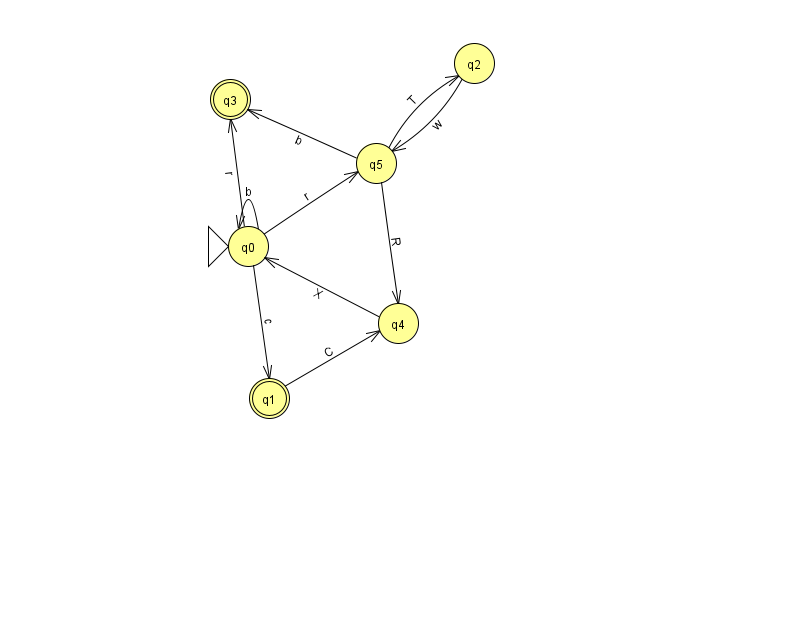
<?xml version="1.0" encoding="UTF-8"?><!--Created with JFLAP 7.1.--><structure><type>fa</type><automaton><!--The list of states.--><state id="0" name="q0"><x>248.0</x><y>233.0</y><initial/></state><state id="1" name="q1"><x>269.0</x><y>385.0</y><final/></state><state id="2" name="q2"><x>474.0</x><y>50.0</y></state><state id="3" name="q3"><x>230.0</x><y>86.0</y><final/></state><state id="4" name="q4"><x>398.0</x><y>310.0</y></state><state id="5" name="q5"><x>376.0</x><y>150.0</y></state><!--The list of transitions.--><transition><from>0</from><to>3</to><read>r</read></transition><transition><from>0</from><to>0</to><read>b</read></transition><transition><from>5</from><to>2</to><read>T</read></transition><transition><from>2</from><to>5</to><read>w</read></transition><transition><from>5</from><to>3</to><read>b</read></transition><transition><from>5</from><to>4</to><read>R</read></transition><transition><from>0</from><to>5</to><read>r</read></transition><transition><from>4</from><to>0</to><read>X</read></transition><transition><from>1</from><to>4</to><read>C</read></transition><transition><from>0</from><to>1</to><read>c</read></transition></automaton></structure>